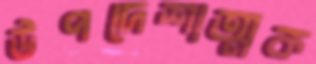
উপদেশাত্মক